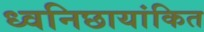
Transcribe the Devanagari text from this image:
ध्वनिछायांकित